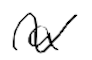
Text: a
Cross-out: wave
Writing tool: digital_black